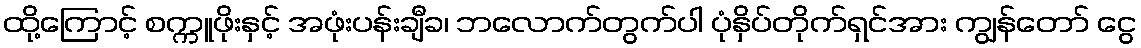
ထို့ကြောင့် စက္ကူဖိုးနှင့် အဖုံးပန်းချီခ၊ ဘလောက်တွက်ပါ ပုံနှိပ်တိုက်ရှင်အား ကျွန်တော် ငွေ